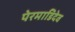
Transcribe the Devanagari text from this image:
पेरमाडिदेव